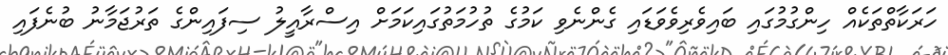
ހަރަކާތްތަކެއް ހިންގުމުގައި ބައިވެރިވެވަޑައި ގެންނެވި ކަމުގެ ތުހުމަތުގައިކަމަށް އިސްރާއީލު ސިފައިންގެ ތަރުޖަމާނު ބުނެފައި